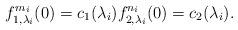
LaTeX: \begin{align*}f_{1,\lambda_i}^{m_i}(0) = c_1(\lambda_i)f_{2,\lambda_i}^{n_i}(0)=c_2(\lambda_i).\end{align*}